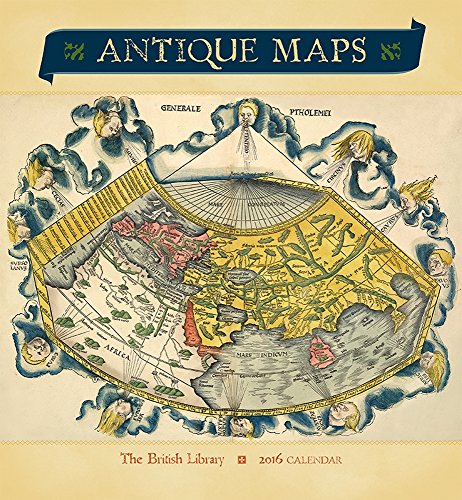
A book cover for Antique Maps 2016 Calendar; Calendars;